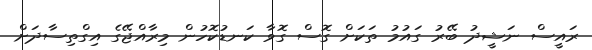
ރައީސް ނަޝީދު ބޭރު ގައުމު ތަކަށް ގޮސް ގޮވާ ކަނޑުކޮހުން މިރާއްޖޭގެ އިގްތިސާދަށް